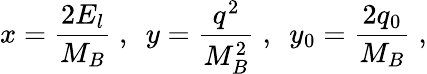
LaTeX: x=\frac{2E_{l}}{M_{B}}\; ,\mathrm{\ \ }y=\frac{q^{2}}{M_{B}^{2}}\; ,\mathrm{\ \ }y_{0}=\frac{2q_{0}}{M_{B}}\; ,